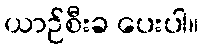
ယာဉ်စီးခ ပေးပါ။